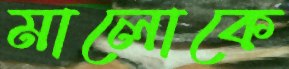
মালোকে